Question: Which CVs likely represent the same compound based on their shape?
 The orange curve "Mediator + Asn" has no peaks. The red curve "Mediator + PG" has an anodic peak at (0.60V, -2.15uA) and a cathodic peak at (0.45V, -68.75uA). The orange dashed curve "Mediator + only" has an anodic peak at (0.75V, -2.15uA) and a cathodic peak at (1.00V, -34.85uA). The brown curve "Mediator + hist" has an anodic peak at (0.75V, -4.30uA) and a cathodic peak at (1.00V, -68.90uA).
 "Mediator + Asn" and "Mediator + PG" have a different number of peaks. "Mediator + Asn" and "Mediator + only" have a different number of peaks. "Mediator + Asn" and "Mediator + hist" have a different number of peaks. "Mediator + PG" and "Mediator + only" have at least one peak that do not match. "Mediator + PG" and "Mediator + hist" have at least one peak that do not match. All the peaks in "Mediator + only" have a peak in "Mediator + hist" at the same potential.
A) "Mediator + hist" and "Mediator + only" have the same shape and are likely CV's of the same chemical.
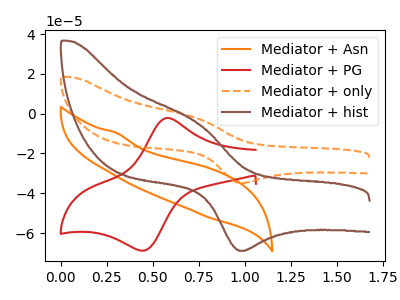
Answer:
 <answer>A) "Mediator + hist" and "Mediator + only" have the same shape and are likely CV's of the same chemical.</answer>
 <eval>A</eval>